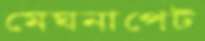
মেঘনাপেট